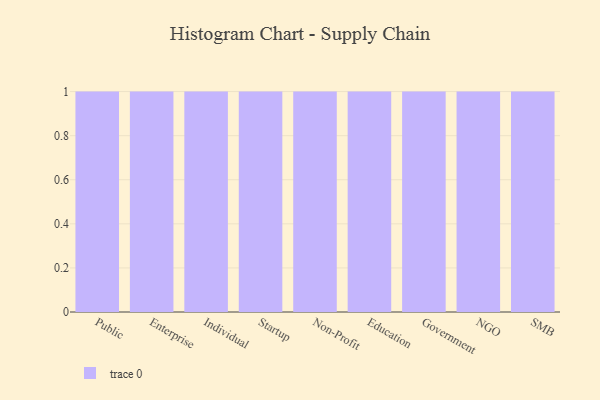
{"axis": {"x": "Segment", "y": "Headcount"}, "legend": [""], "data": [{"x": "Public", "y": 74, "type": ""}, {"x": "Enterprise", "y": 57, "type": ""}, {"x": "Individual", "y": 9, "type": ""}, {"x": "Startup", "y": 31, "type": ""}, {"x": "Non-Profit", "y": 42, "type": ""}, {"x": "Education", "y": 56, "type": ""}, {"x": "Government", "y": 77, "type": ""}, {"x": "NGO", "y": 73, "type": ""}, {"x": "SMB", "y": 59, "type": ""}]}